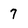
Character: 7